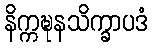
နိက္ကဍ္ဎနသိက္ခာပဒံ